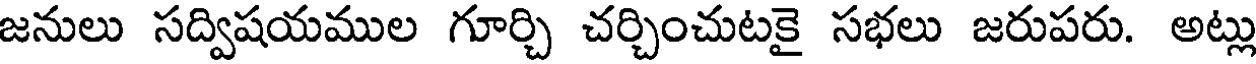
జనులు సద్విషయముల గూర్చి చర్చించుటకై సభలు జరుపరు. అట్లు